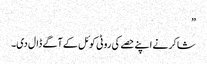
”
شاکر نے اپنے حصے کی روٹی کوئل کے آگے ڈال دی۔